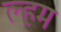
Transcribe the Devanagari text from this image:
ल्हम